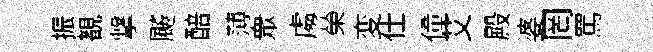
振覩撃飇醅薄衆䖏榮変仕僮艾殿婆罔罵